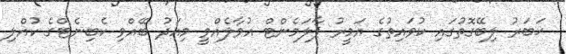
ޚަބަރު ލިބޭގޮތުގައި ކުވައިތުގެ އަމީރު ޕާލަމެންޓް އުވާލެއްވީ މިއަދު ބޭއްވި ކެބިނެޓްގެ ކުއްލި